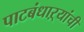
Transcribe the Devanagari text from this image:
पाटबंधाऱ्यांची